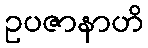
ဥပဇာနာဟိ